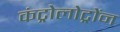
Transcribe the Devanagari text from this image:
कंट्रोलोट्रोंन